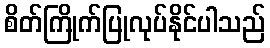
စိတ်ကြိုက်ပြုလုပ်နိုင်ပါသည်